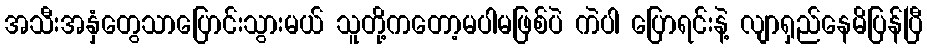
အသီးအနှံတွေသာပြောင်းသွားမယ် သူတို့ကတော့မပါမဖြစ်ပဲ ကဲပါ ပြောရင်းနဲ့ လျာရှည်နေမိပြန်ပြီ